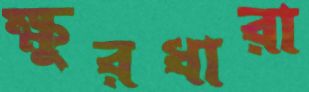
ক্ষুরধারা